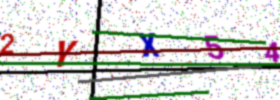
Text: 2YX54